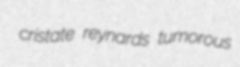
cristate reynards tumorous